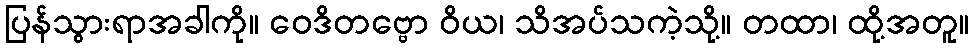
ပြန်သွားရာအခါကို။ ဝေဒိတဗ္ဗော ဝိယ၊ သိအပ်သကဲ့သို့။ တထာ၊ ထို့အတူ။